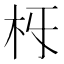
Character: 𣏛